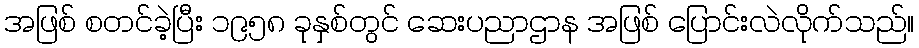
အဖြစ် စတင်ခဲ့ပြီး ၁၉၅၈ ခုနှစ်တွင် ဆေးပညာဌာန အဖြစ် ပြောင်းလဲလိုက်သည်။